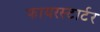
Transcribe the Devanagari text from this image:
फायरस्टार्टर